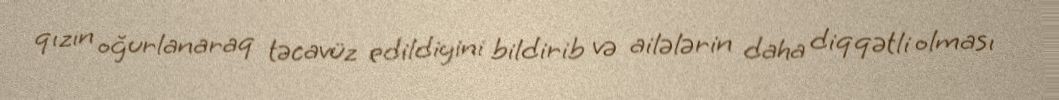
qızın oğurlanaraq təcavüz edildiyini bildirib və ailələrin daha diqqətli olması